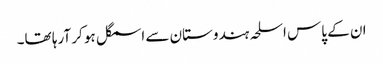
ان کے پاس اسلحہ ہندوستان سے اسمگل ہو کر آرہا تھا۔